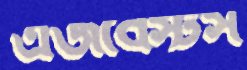
এজবেস্টস